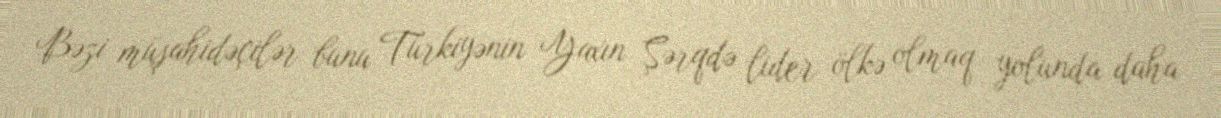
Bəzi müşahidəçilər bunu Türkiyənin Yaxın Şərqdə lider ölkə olmaq yolunda daha